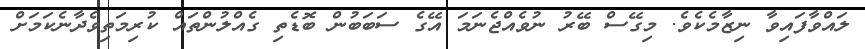
ލައްވާފައިވާ ނިޒާމެކެވެ. މިގޭސް ބޭރު ނުވެއްޖެނަމަ އޭގެ ސަބަބުން ބޮޑެތި ގެއްލުންތައް ކުރިމަތިވެދާނެކަމަށް